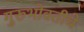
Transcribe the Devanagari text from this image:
गुरूभोवतीचे